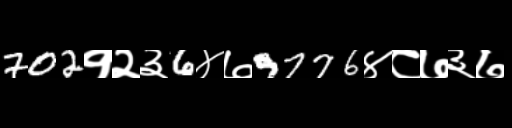
Text: 702१२३6४७9776४८७३७